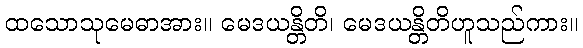
ထသောသုမေဓာအား။ မေဒယန္တိတိ၊ မေဒယန္တိတိဟူသည်ကား။